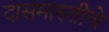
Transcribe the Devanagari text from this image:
दासमारुतीचे